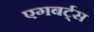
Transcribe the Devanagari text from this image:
एगबर्ट्स